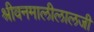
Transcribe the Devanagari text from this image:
श्रीवनमालीलालजी